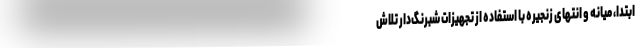
ابتدا، میانه و انتهای زنجیره با استفاده از تجهیزات شبرنگ‌دار تلاش